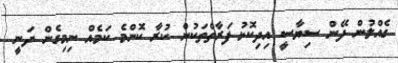
ގެއްލުން ދޭން ސިޔާސީ އިދިކޮޅު ފަރާތްތަކުން ކުރާ ކޮންމެ ކަމެއް ނިމިގެން ދަނީ